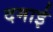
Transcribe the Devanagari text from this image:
दमाई